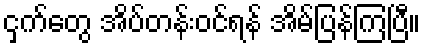
ငှက်တွေ အိပ်တန်းဝင်ရန် အိမ်ပြန်ကြပြီ။